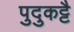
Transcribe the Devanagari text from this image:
पुदुकट्टै